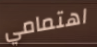
اهتمامي